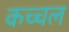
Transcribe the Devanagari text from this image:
कच्चल